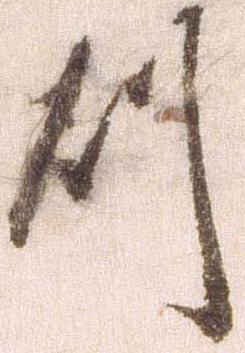
則